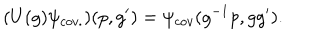
( U ( g ) \psi _ { c o v . } ) ( p , g ^ { \prime } ) = \psi _ { c o v } ( g ^ { - 1 } p , g g ^ { \prime } ) .